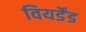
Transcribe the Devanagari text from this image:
वियर्डेंड